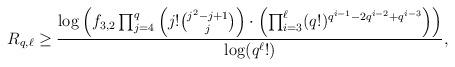
LaTeX: \begin{align*}R_{q,\ell}\ge \frac{\log\left( f_{3,2} \prod_{j=4}^q \left(j!{j^2-j+1\choose j}\right)\cdot \left(\prod_{i=3}^{\ell} (q!)^{q^{i-1}-2q^{i-2}+q^{i-3} } \right) \right)}{\log(q^\ell!)},\end{align*}